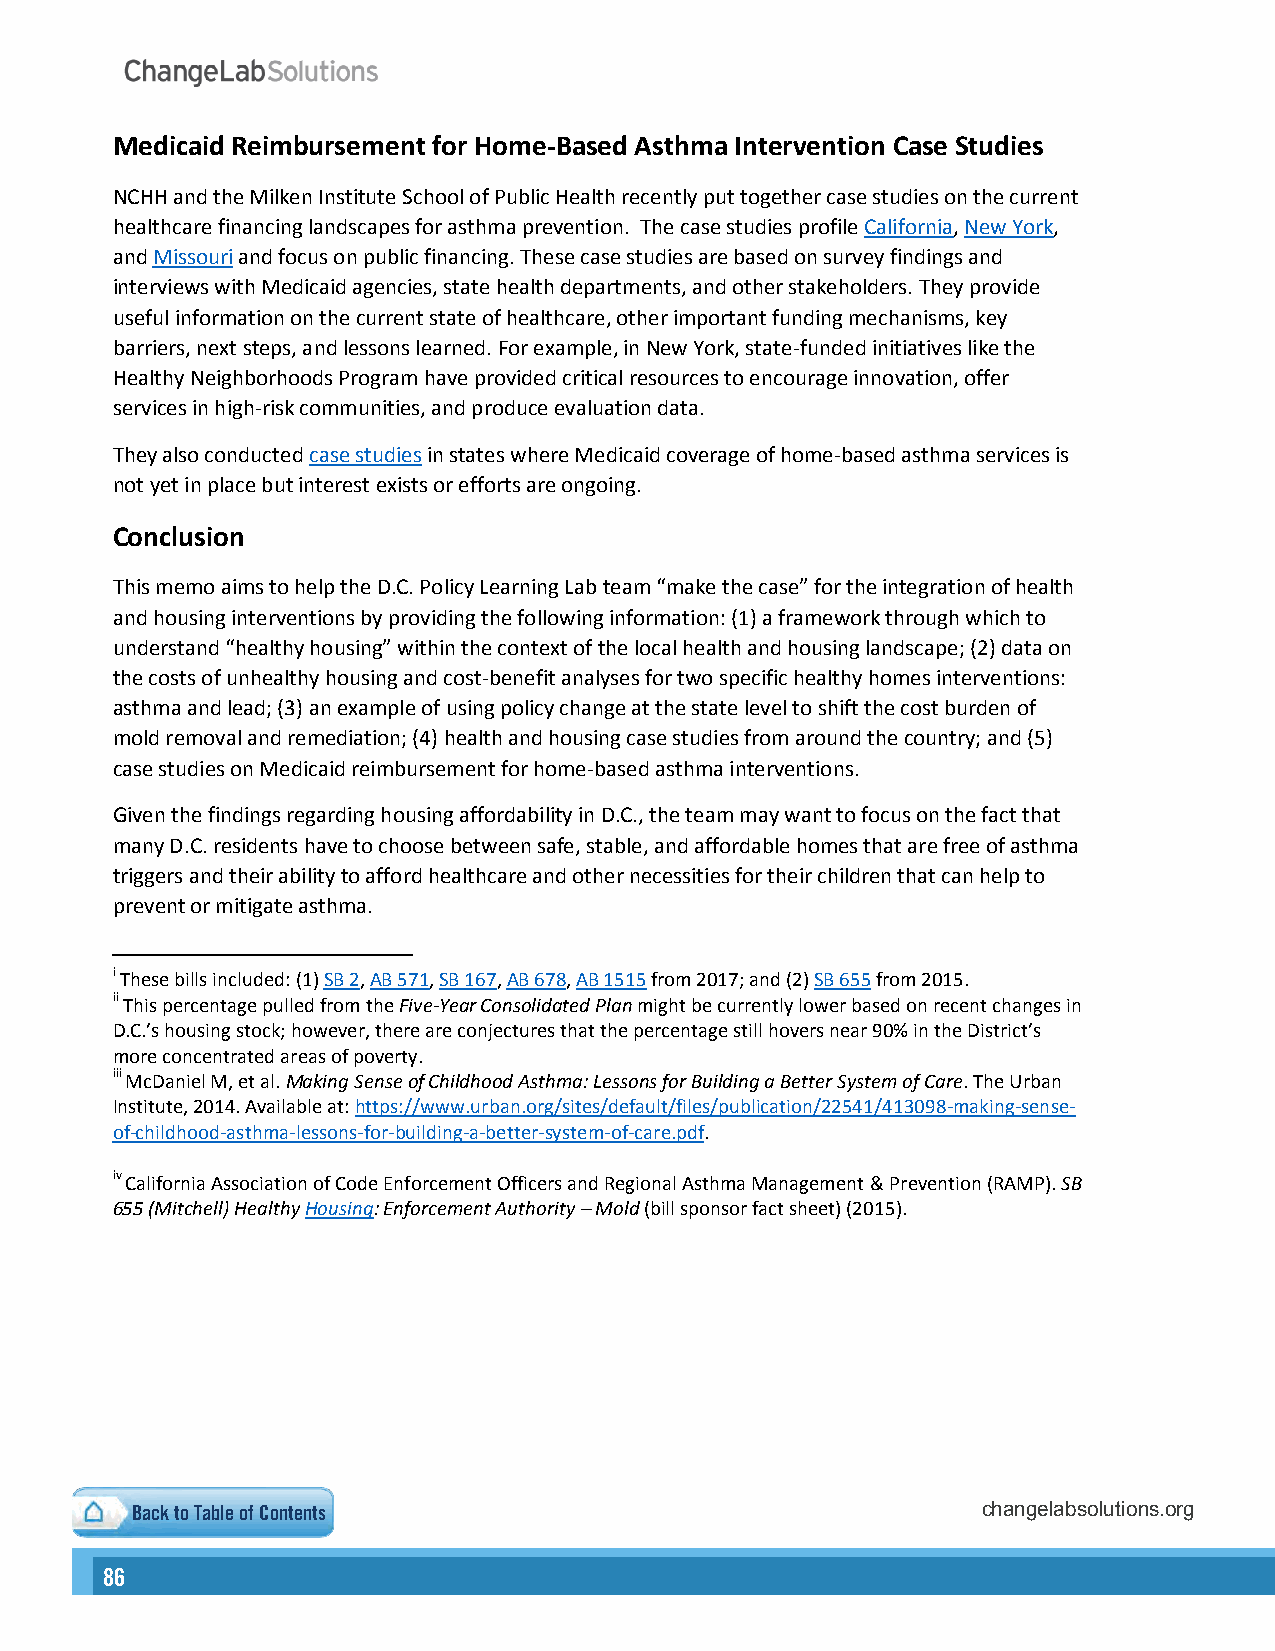
Medicaid Reimbursement for Home-Based Asthma Intervention Case Studies
 NCHH and the Milken Institute School of Public Health recently put together case studies on the current
 healthcare financing landscapes for asthma prevention. The case studies profile California, New York,
 and Missouri and focus on public financing. These case studies are based on survey findings and
 interviews with Medicaid agencies, state health departments, and other stakeholders. They provide
 useful information on the current state of healthcare, other important funding mechanisms, key
 barriers, next steps, and lessons learned. For example, in New York, state-funded initiatives like the
 Healthy Neighborhoods Program have provided critical resources to encourage innovation, offer
 services in high-risk communities, and produce evaluation data.
 They also conducted case studies in states where Medicaid coverage of home-based asthma services is
 not yet in place but interest exists or efforts are ongoing.
 Conclusion
 This memo aims to help the D.C. Policy Learning Lab team “make the case” for the integration of health
 and housing interventions by providing the following information: (1) a framework through which to
 understand “healthy housing” within the context of the local health and housing landscape; (2) data on
 the costs of unhealthy housing and cost-benefit analyses for two specific healthy homes interventions:
 asthma and lead; (3) an example of using policy change at the state level to shift the cost burden of
 mold removal and remediation; (4) health and housing case studies from around the country; and (5)
 case studies on Medicaid reimbursement for home-based asthma interventions.
 Given the findings regarding housing affordability in D.C., the team may want to focus on the fact that
 many D.C. residents have to choose between safe, stable, and affordable homes that are free of asthma
 triggers and their ability to afford healthcare and other necessities for their children that can help to
 prevent or mitigate asthma.
 i These bills included: (1) SB 2, AB 571, SB 167, AB 678, AB 1515 from 2017; and (2) SB 655 from 2015.
 ii This percentage pulled from the Five-Year Consolidated Plan might be currently lower based on recent changes in
 D.C.’s housing stock; however, there are conjectures that the percentage still hovers near 90% in the District’s
 more concentrated areas of poverty.
 iii McDaniel M, et al. Making Sense of Childhood Asthma: Lessons for Building a Better System of Care. The Urban
 Institute, 2014. Available at: https://www.urban.org/sites/default/files/publication/22541/413098-making-sense-
 of-childhood-asthma-lessons-for-building-a-better-system-of-care.pdf.
 iv California Association of Code Enforcement Officers and Regional Asthma Management & Prevention (RAMP). SB
 655 (Mitchell) Healthy Housing: Enforcement Authority – Mold (bill sponsor fact sheet) (2015).
 Back to Table of Contents                               changelabsolutions.org
 86                                                                                                                                                       PB